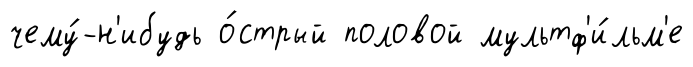
чему́-н'ибудь о́стрый половой мультф'и́льм'е